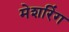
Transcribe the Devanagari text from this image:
मेशरिंग